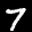
Label: 7